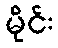
မိုင်း